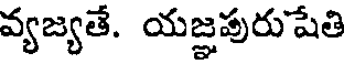
వ్యజ్యతే. యజ్ఞపురుషేతి